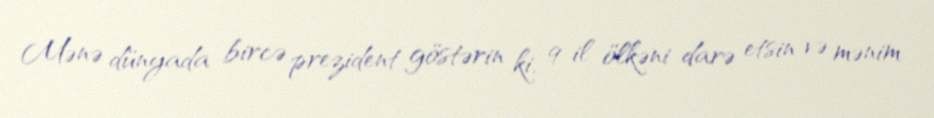
Mənə dünyada bircə prezident göstərin ki, 9 il ölkəni darə etsin və mənim